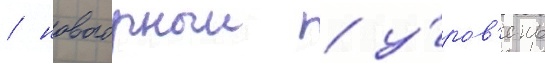
/ новогорныи / у́ров'ень